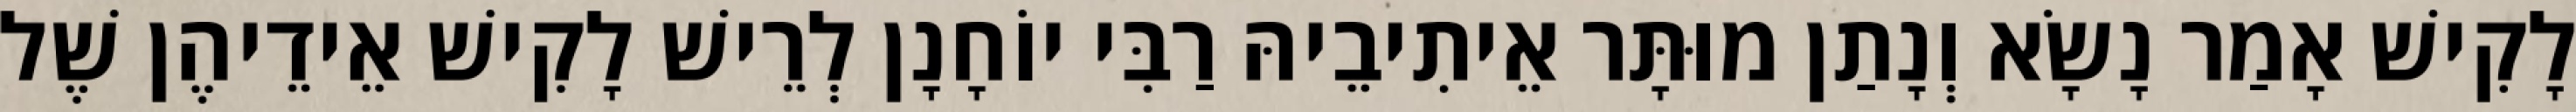
לָקִישׁ אָמַר נָשָׂא וְנָתַן מוּתָּר אֵיתִיבֵיהּ רַבִּי יוֹחָנָן לְרֵישׁ לָקִישׁ אֵידֵיהֶן שֶׁל